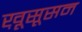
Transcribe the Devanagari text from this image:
ख़ूसूसन